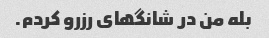
بله من در شانگهای رزرو کردم.